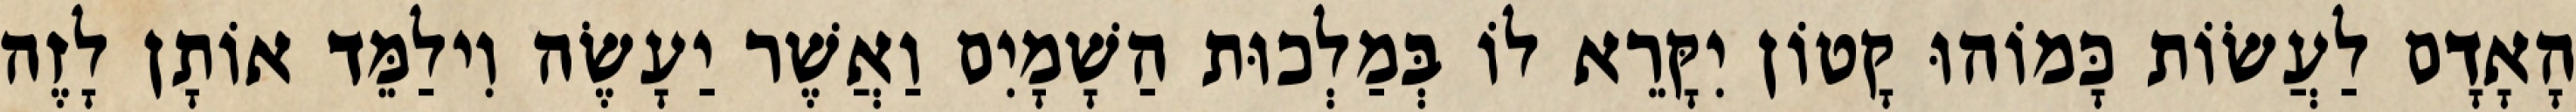
הָאָדָם לַעֲשׂוֹת כָּמוֹהוּ קָטוֹן יִקָּרֵא לוֹ בְּמַלְכוּת הַשָׁמָיִם וַאֲשֶׁר יַעָשֶׂה וִילַמֵּד אוֹתָן לָזֶה